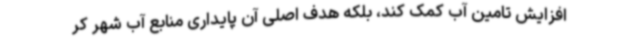
افزایش تامین آب کمک کند، بلکه هدف اصلی آن پایداری منابع آب شهر کر